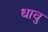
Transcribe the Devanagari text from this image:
धावु